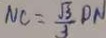
N C = \frac { \sqrt { 3 } } { 3 } D N